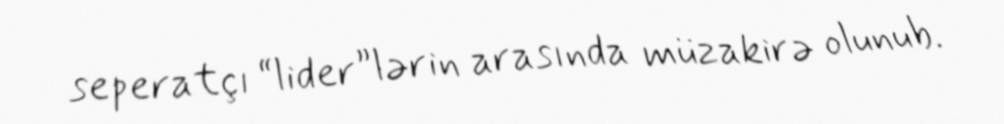
seperatçı “lider”lərin arasında müzakirə olunub.